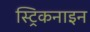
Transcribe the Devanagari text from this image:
स्ट्रिकनाइन